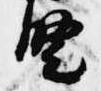
豎